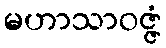
မဟာသာဝဇ္ဇံ